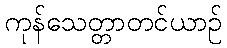
ကုန်သေတ္တာတင်ယာဉ်